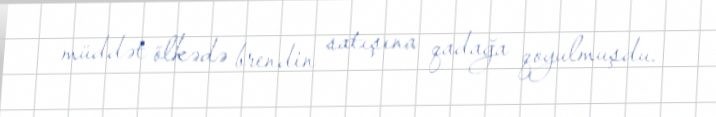
müddət ölkədə brendin satışına qadağa qoyulmuşdu.